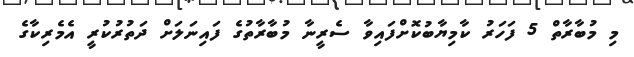
މި މުބާރާތް 5 ފަހަރު ކާމިޔާބުކޮށްފައިވާ ސެރީނާ މުބާރާތުގެ ފައިނަލަށް ދަތުރުކުރީ އެމެރިކާގެ